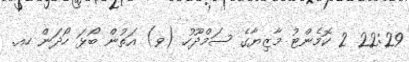
22:29 2 ކޮމެންޓު މާޒިޔާގެ ސަމްދޫހު (ވ) އަތުން ބޯޅަ ހޯދަން ހއ.